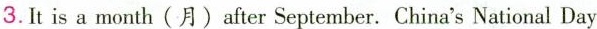
3.It is a month （月） after September. China's National Day